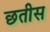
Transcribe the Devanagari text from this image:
छतीस